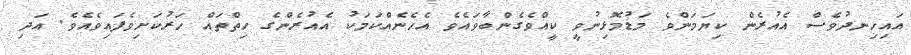
އައިހިނދުވެސް އެއުރެން ކިޔަމަންވެ މަޑުމޮޅިނުވީ ކީއްވެގެންބާވައެވެ އެހެނެއްކަމަކު އެއުރެންގެ ހިތްތައް ހަރުކަށިވެފައިވެއެވެ. އަދި